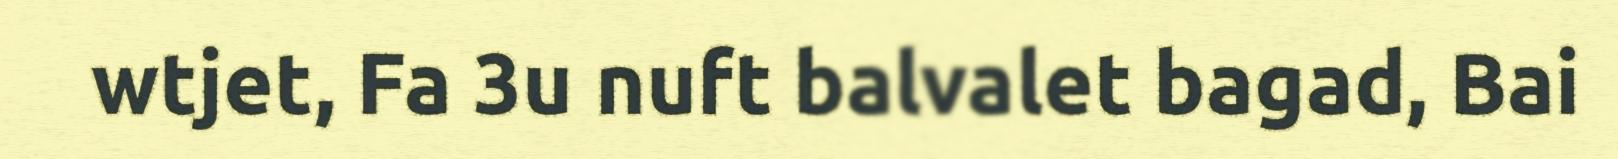
wtjet, Fa 3u nuft balvalet bagad, Bai